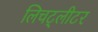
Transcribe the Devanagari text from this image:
लिचट्लीटर